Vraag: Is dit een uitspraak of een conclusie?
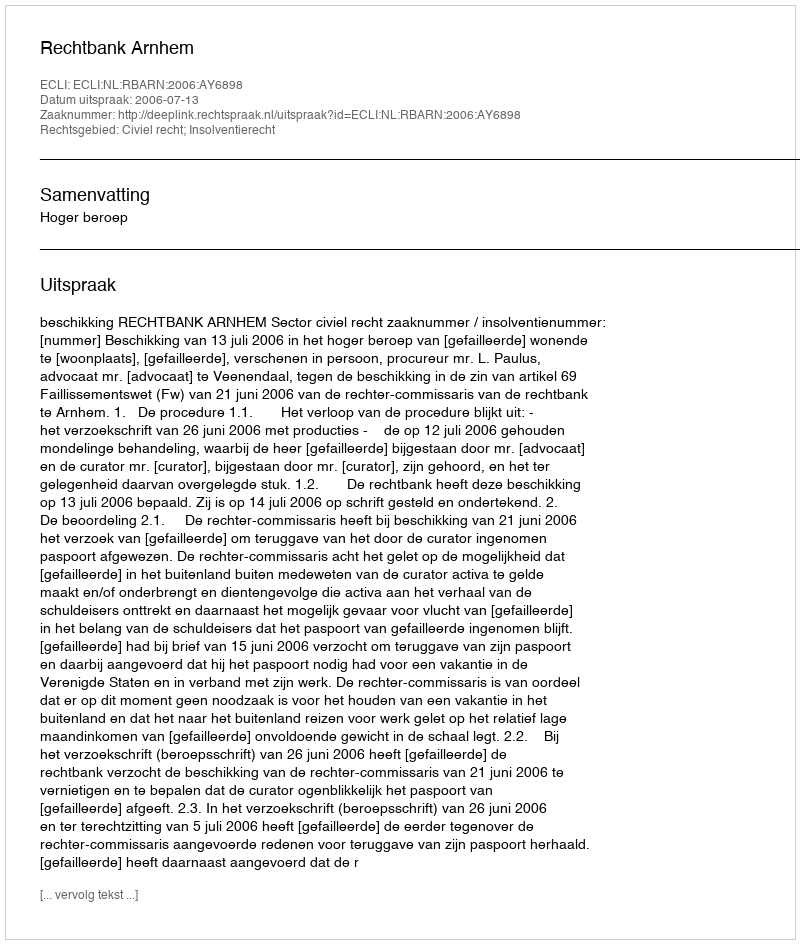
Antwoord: Uitspraak